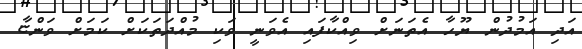
އަދި އަމުދުން ޔޫހާ އެތަނަށް ވިއްކާފައި އެވަނީ ވަކި މުއްދަތަކަށް ކަމަށް ވަންޏާ